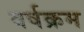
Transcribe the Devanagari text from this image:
वर्षक्रम